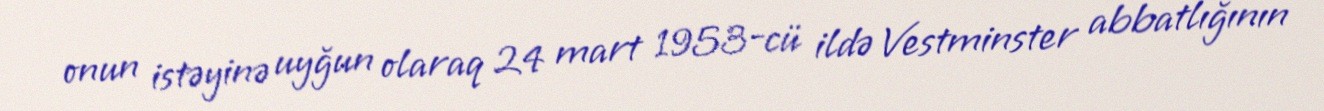
onun istəyinə uyğun olaraq 24 mart 1953-cü ildə Vestminster abbatlığının